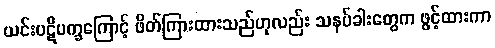
ယင်းပဋိပက္ခကြောင့် ဖိတ်ကြားထားသည်ဟုလည်း သနပ်ခါးတွေက ဖွင့်ထားကာ